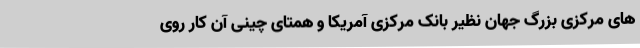
های مرکزی بزرگ جهان نظیر بانک مرکزی آمریکا و همتای چینی آن کار روی